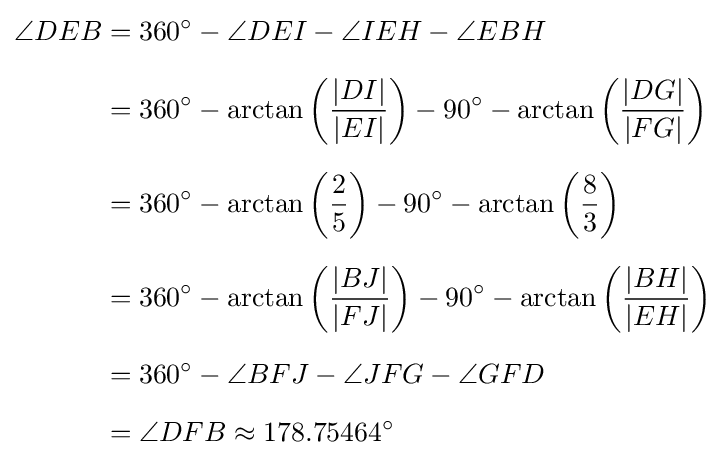
{\begin{aligned}\angle DEB&=360^{\circ }-\angle DEI-\angle IEH-\angle EBH\\[6pt]&=360^{\circ }-\arctan \left({\frac {|DI|}{|EI|}}\right)-90^{\circ }-\arctan \left({\frac {|DG|}{|FG|}}\right)\\[6pt]&=360^{\circ }-\arctan \left({\frac {2}{5}}\right)-90^{\circ }-\arctan \left({\frac {8}{3}}\right)\\[6pt]&=360^{\circ }-\arctan \left({\frac {|BJ|}{|FJ|}}\right)-90^{\circ }-\arctan \left({\frac {|BH|}{|EH|}}\right)\\[6pt]&=360^{\circ }-\angle BFJ-\angle JFG-\angle GFD\\[6pt]&=\angle DFB\approx 178.75464^{\circ }\end{aligned}}